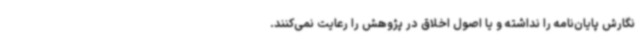
نگارش پایان‌نامه را نداشته و یا اصول اخلاق در پژوهش را رعایت نمی‌کنند.